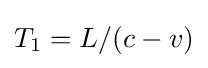
{\textstyle T_{1}=L/(c-v)}